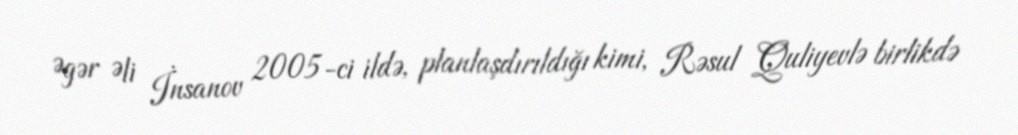
Əgər Əli İnsanov 2005-ci ildə, planlaşdırıldığı kimi, Rəsul Quliyevlə birlikdə